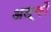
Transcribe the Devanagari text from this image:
अङ्कों